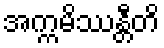
အက္ကမိဿန္တီတိ